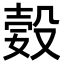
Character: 㜌